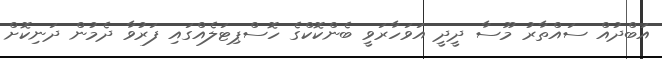
އަބްދުއް ސައްތާރު މޫސާ ދީދީ އަވަހާރަވީ ބެންކޮކްގެ ހޮސްޕިޓަލެއްގައި ފަރުވާ ދެމުން ދަނިކޮށް